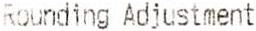
ROUNDING ADJUSTMENT